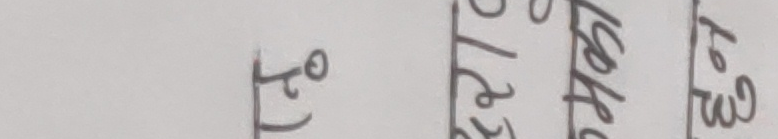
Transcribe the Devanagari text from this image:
५० शिष्य लेख १२३